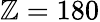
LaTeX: \mathbb{Z}=180